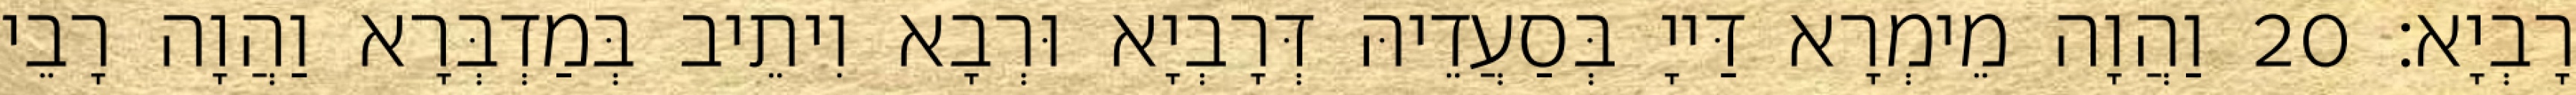
רָבְיָא׃ 20 וַהֲוָה מֵימְרָא דַּייָ בְּסַעֲדֵיהּ דְּרָבְיָא וּרְבָא וִיתֵיב בְּמַדְבְּרָא וַהֲוָה רָבֵי